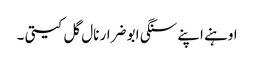
اوہنے اپنے سنگی ابو ضرار نال گل کیتی ۔